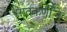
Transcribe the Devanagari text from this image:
सातकर्णीने